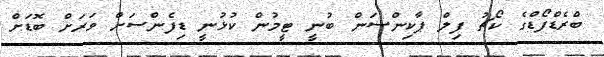
ބްރެޑްފޯޑްގެ ކޯޗު ފިލް ޕާކިންސަން ބުނީ ޓީމުން ކުޅުނީ ޑިފެންސަށް ވަރަށް ބޮޑަށް